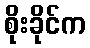
စိုးခိုင်က